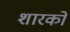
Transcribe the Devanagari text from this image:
शारकों